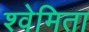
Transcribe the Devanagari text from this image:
श्वेमिता